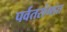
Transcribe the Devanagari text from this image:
पर्वतरांगांत